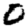
Digit: 0